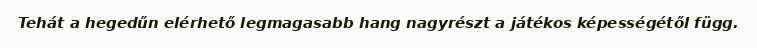
Tehát a hegedűn elérhető legmagasabb hang nagyrészt a játékos képességétől függ.